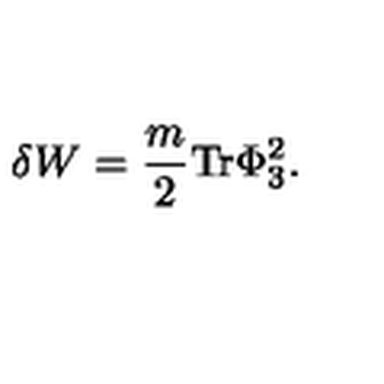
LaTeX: \delta W = { \frac { m } { 2 } } \mathrm { T r } \Phi _ { 3 } ^ { 2 } .